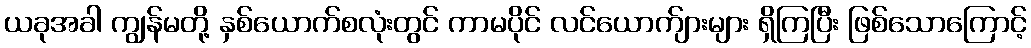
ယခုအခါ ကျွန်မတို့ နှစ်ယောက်စလုံးတွင် ကာမပိုင် လင်ယောက်ျားများ ရှိကြပြီး ဖြစ်သောကြောင့်